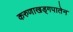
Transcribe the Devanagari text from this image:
करुणाखड्गपातेन